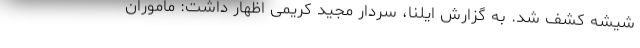
شیشه کشف شد. به گزارش ایلنا، سردار مجید کریمی اظهار داشت: ماموران